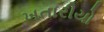
ખતારીયો